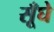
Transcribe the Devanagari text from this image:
सूँघे